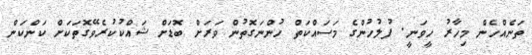
ތަނެއްހެން މިހާރު ހީވަނީ. ފުލުހުންގެ މަސައްކަތް ހުންނަގޮތުން ވަރަށް ބޮޑަށް ޝައްކުކުރެވޭގޮތަކަށް ކަންކަން